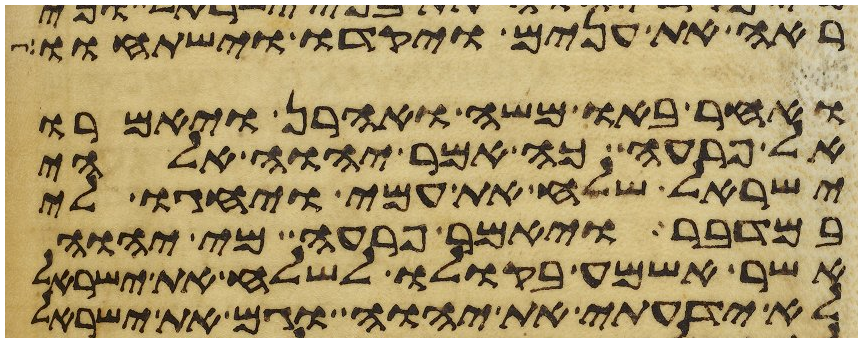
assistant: ראה את ענים ויקדו וישתחוו
ואחר באו משה ואהרן ויאמרו
אל פרעה כה אמר יהוה אלהי
ישראל שלח את עמי ויחגו לי
במדבר ויאמר פרעה מי יהוה
אשר אשמע בקולו לשלח את ישראל
לא ידעתי את יהוה וגם את ישראל